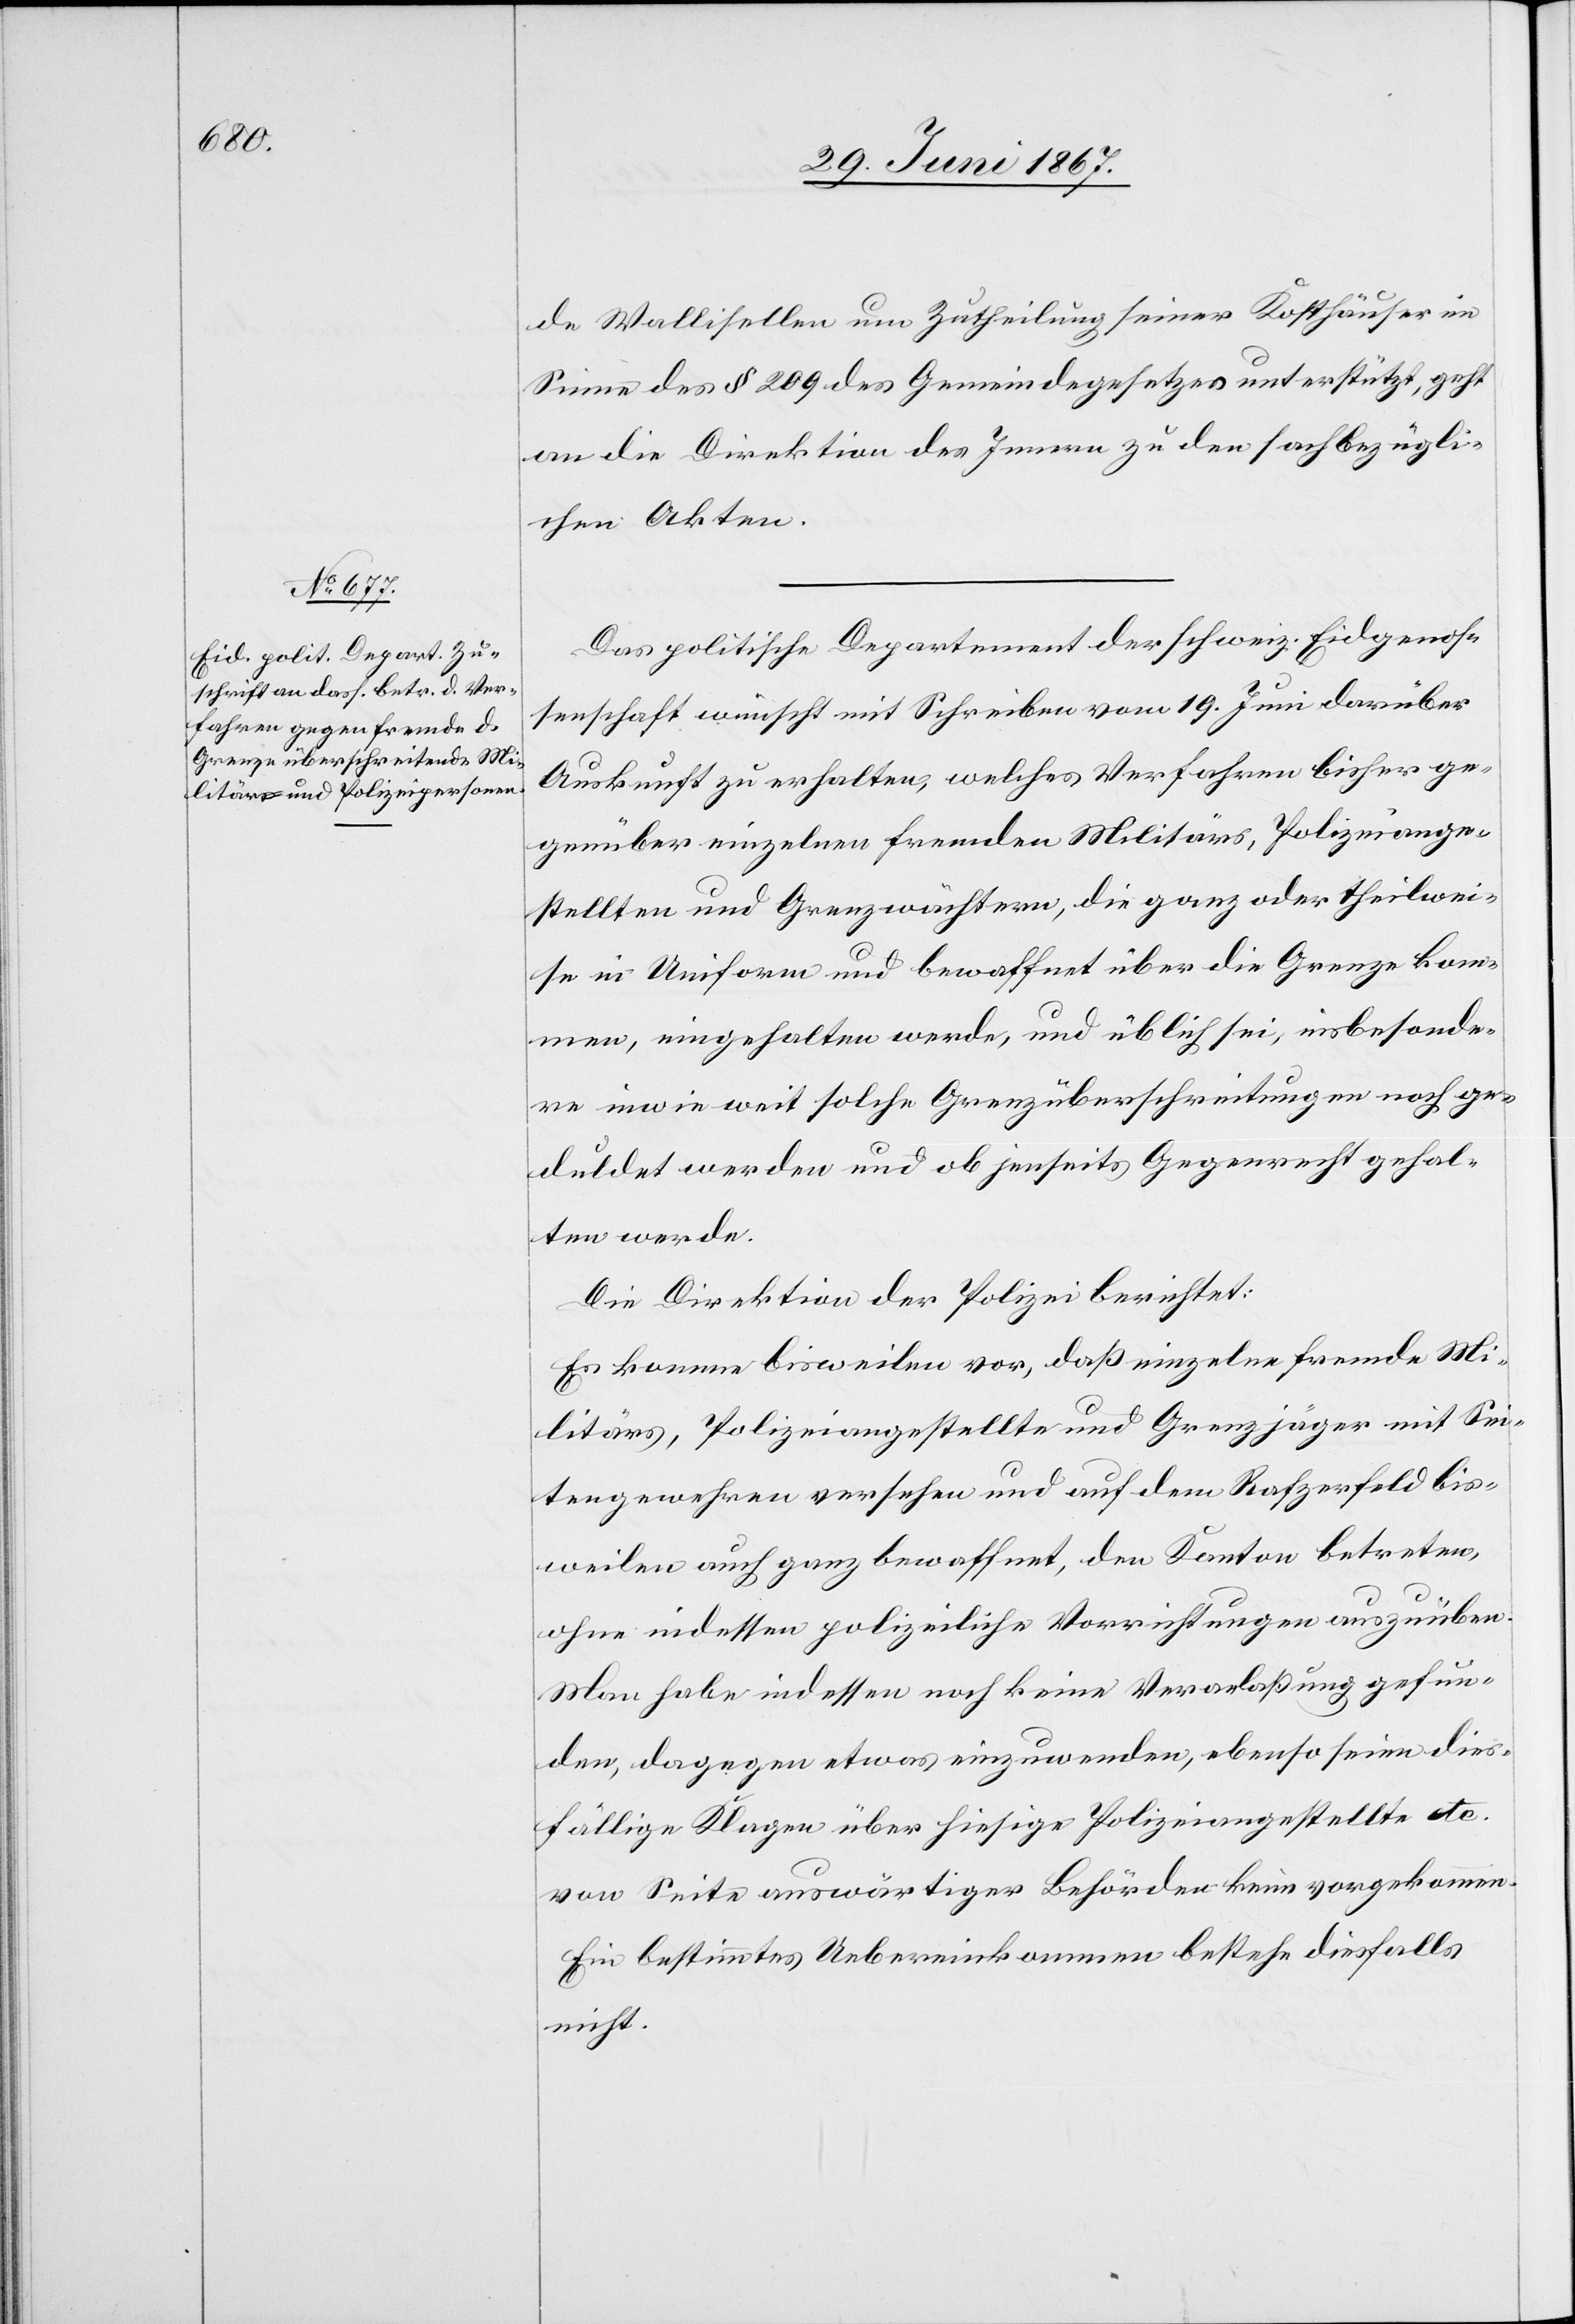
1867.]

de Wollishofen um Zutheilung seiner Kosthäuser im
Sinne des § 209 des Gemeindegesetzes unterstützt, geht
an die Direktion des Innern zu den sachbezügli¬
chen Akten.
Das politische Departement der schweiz. Eidgenos¬
senschaft wünscht mit Schreiben vom 19. Juni darüber
Auskunft zu erhalten, welches Verfahren bisher ge¬
genüber einzelnen fremden Militärs, Polizeiange¬
stellten und Grenzwächtern, die ganz oder theilwei¬
se in Uniform und bewaffnet über die Grenze kom¬
men, eingehalten werde, und üblich sei, insbesonde¬
re inwieweit solche Grenzüberschreitungen noch ge¬
duldet werden und ob jenseits Gegenrecht gehal¬
ten werde.
Die Direktion der Polizei berichtet:
Es komme bisweilen vor, daß einzelne fremde Mi¬
litärs, Polizeiangestellte und Grenzjäger mit Sei¬
tengewehren versehen und auf dem Rafzerfeld bis¬
weilen auch ganz bewaffnet, den Kanton betreten,
ohne indessen polizeiliche Vorrichtungen auszuüben.
Man habe indessen noch keine Veranlassung gefun¬
den, dagegen etwas einzuwenden, ebenso seien dies¬
fällige Klagen über hiesige Polizeiangestellte etc.
von Seite auswärtiger Behörden keine vorgekommen.
Ein bestimmtes Uebereinkommen bestehe diesfalls
nicht.